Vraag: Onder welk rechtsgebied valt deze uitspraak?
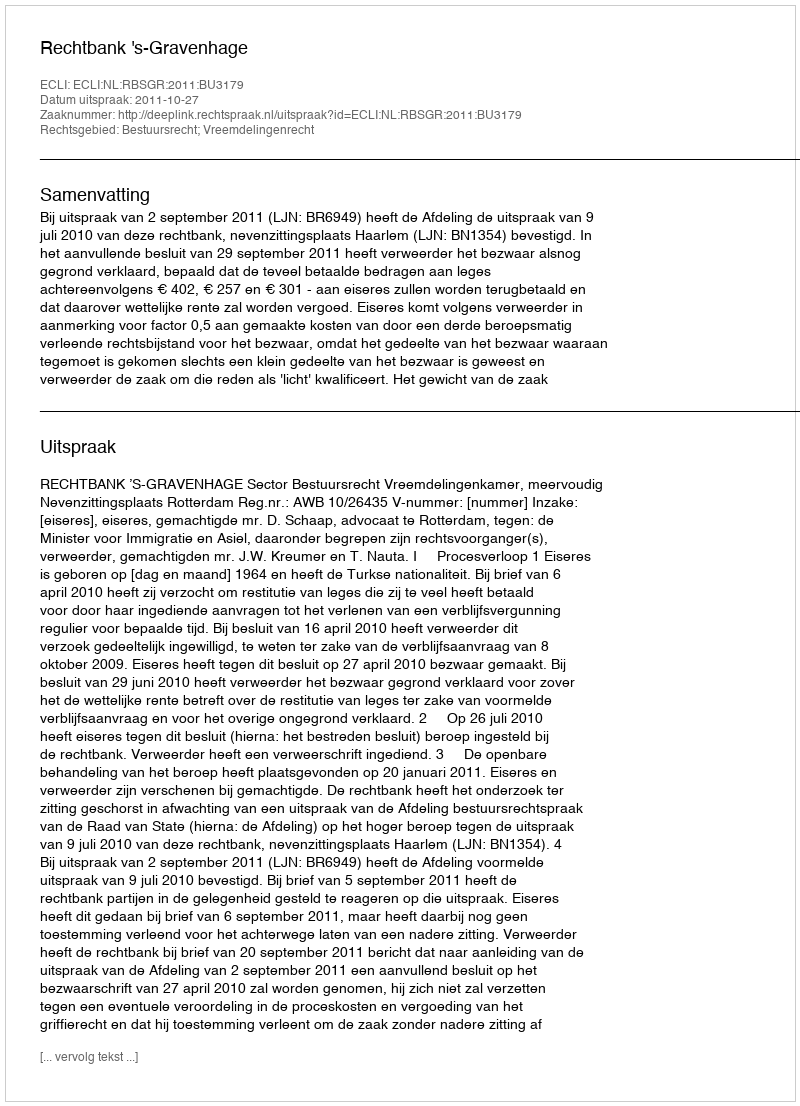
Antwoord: Bestuursrecht; Vreemdelingenrecht